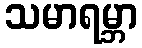
သမာရမ္ဘာ